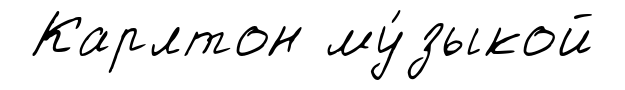
Карлтон му́зыкой